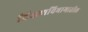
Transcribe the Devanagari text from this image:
शिक्षणविभागातील